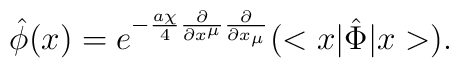
\hat{\phi}(x)=e^{-\frac{a{\chi}}{4}{\frac{\partial}{{\partial}x^{\mu}}}{\frac{\partial}{{\partial}x_{\mu}}}}(<x|{\hat{\Phi}}|x>).